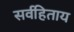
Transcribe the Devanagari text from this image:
सर्वहिताय